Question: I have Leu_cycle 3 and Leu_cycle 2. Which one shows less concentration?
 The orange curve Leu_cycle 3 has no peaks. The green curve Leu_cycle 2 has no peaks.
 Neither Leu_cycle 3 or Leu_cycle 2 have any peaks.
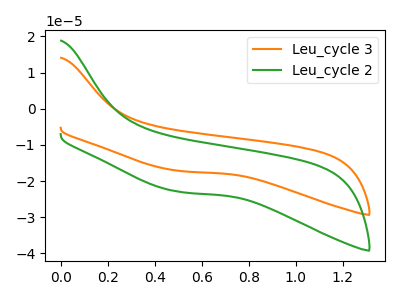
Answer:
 <answer>I cant tell if "Leu_cycle 3" or "Leu_cycle 2" has higher concentration.</answer>
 <eval>mixed_concentration</eval>